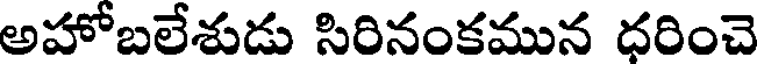
అహోబలేశుడు సిరినంకమున ధరించె